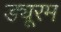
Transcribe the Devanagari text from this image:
ड्यूरम